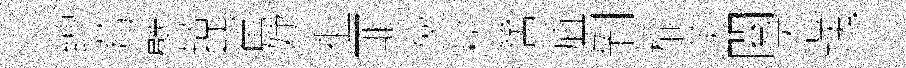
缚莓譬掠翟妤祖匪爕耕筈疽剝楡羙閱恩塊